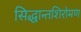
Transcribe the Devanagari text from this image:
सिद्धान्तशिरोमण